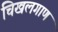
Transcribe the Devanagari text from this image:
चिखलगाण